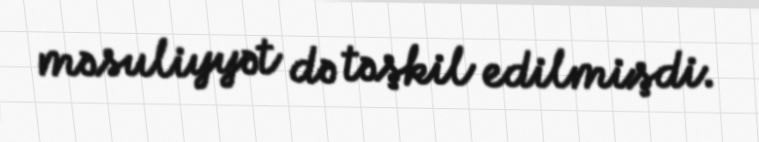
məsuliyyət də təşkil edilmişdi.